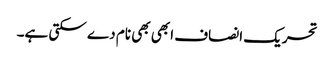
تحریک انصاف ابھی بھی نام دے سکتی ہے۔